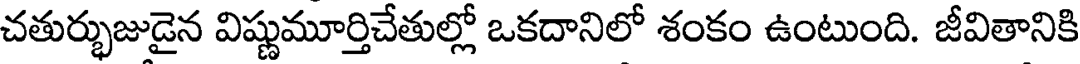
చతుర్భుజుడైన విష్ణుమూర్తిచేతుల్లో ఒకదానిలో శంకం ఉంటుంది. జీవితానికి